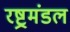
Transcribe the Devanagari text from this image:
रष्ट्रमंडल